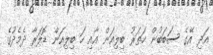
އަދި އޭގެ ސަބަބުން ހަތަރު ބިލިއަން އާއި ހަ ބިލިއަން ޑޮލަރާ ދެމެދުގެ